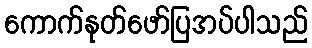
ကောက်နုတ်ဖော်ပြအပ်ပါသည်